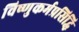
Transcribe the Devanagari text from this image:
विष्णुकर्मप्रसिद्धि